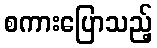
စကားပြောသည့်